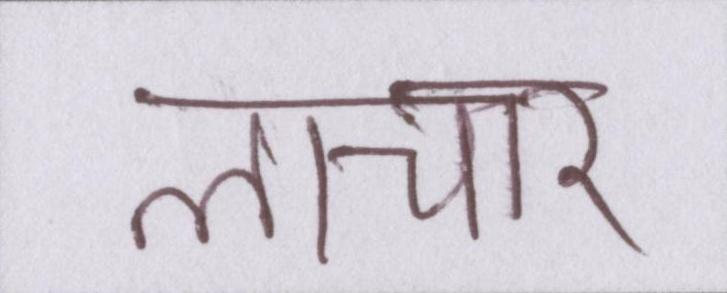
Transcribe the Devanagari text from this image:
लाचार